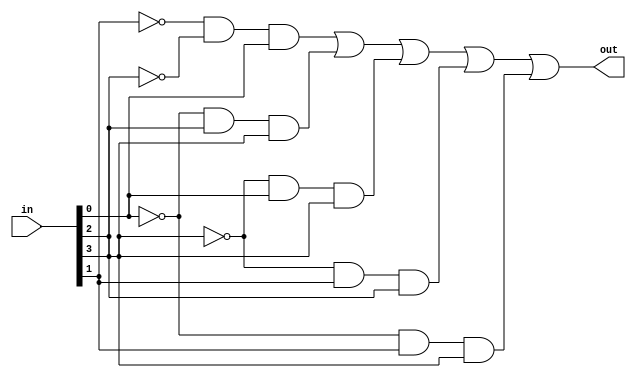
module kevin_G(in,out);
	parameter n = 4;
	
	input[n-1:0] in;
	output out;

	wire not_a,not_b,not_c,not_d;
	wire and0,and1,and2,and3,and4;

	not not_0(not_a,in[0]);
	not not_1(not_b,in[1]);
	not not_2(not_c,in[2]);
	not not_3(not_d,in[3]);
	and and_0(and0,not_b,not_c,in[0]); 
	and and_1(and1,not_a,in[2],in[3]);
	and and_2(and2,not_d,in[0],in[2]);
	and and_3(and3,not_d,in[1],in[2]);
	and and_4(and4,not_a,in[1],in[3]);
	or  or_0(out,and0,and1,and2,and3,and4);
endmodule

module kevin_D(in,out);
	parameter n = 4;
	
	input[n-1:0] in;
	output out;
 	
	assign out = (in[0] & !in[1] & !in[2]) | (!in[0] & in[2] & in[3]) | (in[0] & in[2] & !in[3]) | (in[1] & in[2] & !in[3]) | (!in[0] & in[1] & in[3]);
endmodule

module kevin_B(in,out);
	parameter n = 4;
	
	input[n-1:0] in;
	output out;
	reg out;

	always@(*)begin
		case(in)
    		1,5,6,7,9,10,12,14:begin
        		out=1'b1;
        	end
        	default:begin
        		out=1'b0;
        	end
    	endcase
    end
endmodule